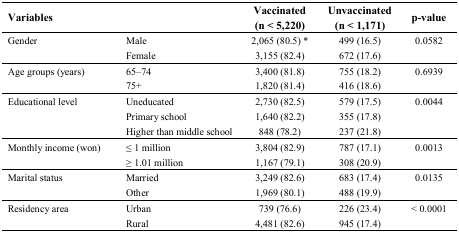
<table><thead><tr><td><b>Variables</b></td><td></td><td><b>Vaccinated (n &lt; 5,220)</b></td><td><b>Unvaccinated (n &lt; 1,171)</b></td><td><b>p-value</b></td></tr></thead><tbody><tr><td rowspan="2">Gender</td><td>Male</td><td>2,065 (80.5) <sup>*</sup></td><td>499 (16.5)</td><td rowspan="2">0.0582</td></tr><tr><td>Female</td><td>3,155 (82.4)</td><td>672 (17.6)</td></tr><tr><td rowspan="2">Age groups (years)</td><td>65–74</td><td>3,400 (81.8)</td><td>755 (18.2)</td><td rowspan="2">0.6939</td></tr><tr><td>75+</td><td>1,820 (81.4)</td><td>416 (18.6)</td></tr><tr><td rowspan="3">Educational level</td><td>Uneducated</td><td>2,730 (82.5)</td><td>579 (17.5)</td><td rowspan="3">0.0044</td></tr><tr><td>Primary school</td><td>1,640 (82.2)</td><td>355 (17.8)</td></tr><tr><td>Higher than middle school</td><td>848 (78.2)</td><td>237 (21.8)</td></tr><tr><td rowspan="2">Monthly income (won)</td><td>≤ 1 million</td><td>3,804 (82.9)</td><td>787 (17.1)</td><td rowspan="2">0.0013</td></tr><tr><td>≥ 1.01 million</td><td>1,167 (79.1)</td><td>308 (20.9)</td></tr><tr><td rowspan="2">Marital status</td><td>Married</td><td>3,249 (82.6)</td><td>683 (17.4)</td><td rowspan="2">0.0135</td></tr><tr><td>Other</td><td>1,969 (80.1)</td><td>488 (19.9)</td></tr><tr><td rowspan="2">Residency area</td><td>Urban</td><td>739 (76.6)</td><td>226 (23.4)</td><td rowspan="2">&lt; 0.0001</td></tr><tr><td>Rural</td><td>4,481 (82.6)</td><td>945 (17.4)</td></tr></tbody></table>